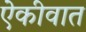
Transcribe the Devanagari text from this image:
ऐकीवात